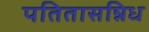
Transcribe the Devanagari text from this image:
पतितासन्निध